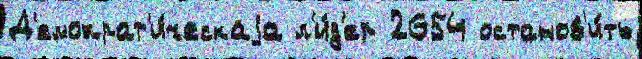
Д'емократ'и́ческаjа л'и́д'ер 2654 останов'и́ть